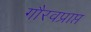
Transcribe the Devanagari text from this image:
गौरवप्राप्त